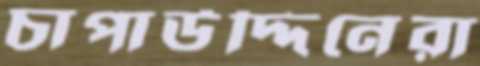
চাপাউদ্দিনেরা